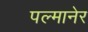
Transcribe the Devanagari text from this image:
पल्मानेर